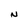
Character: N